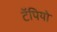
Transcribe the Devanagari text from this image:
टॅपियो